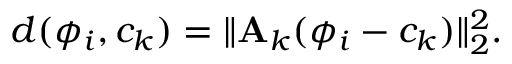
d ( \phi _ { i } , c _ { k } ) = \lVert { \bf A } _ { k } ( \phi _ { i } - c _ { k } ) \rVert _ { 2 } ^ { 2 } .